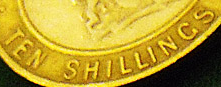
TEN SHILLINGS